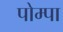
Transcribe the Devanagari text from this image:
पोम्पा